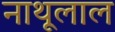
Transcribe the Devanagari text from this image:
नाथूलाल